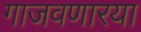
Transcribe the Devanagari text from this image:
गाजवणारया